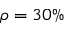
\rho = 3 0 \%